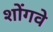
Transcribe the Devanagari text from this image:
शोंगवे